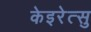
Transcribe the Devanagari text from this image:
केइरेत्सु